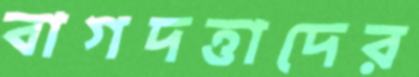
বাগদত্তাদের